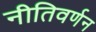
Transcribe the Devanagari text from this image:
नीतिवर्णन